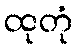
ထုတုံ